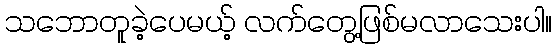
သဘောတူခဲ့ပေမယ့် လက်တွေ့ဖြစ်မလာသေးပါ။